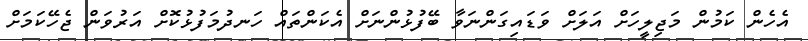
އެހެން ކަމުން މަޖިލީހަށް އަލަށް ވަޑައިގަންނަވާ ބޭފުޅުންނަށް އެކަންތައް ހަނދުމަފުޅުކޮށް އަރުވަން ޖެހޭކަމަށް